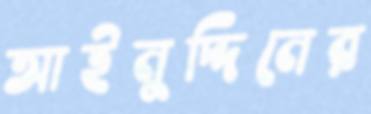
আইনুদ্দিনের